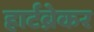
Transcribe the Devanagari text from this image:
हार्टब्रेकर